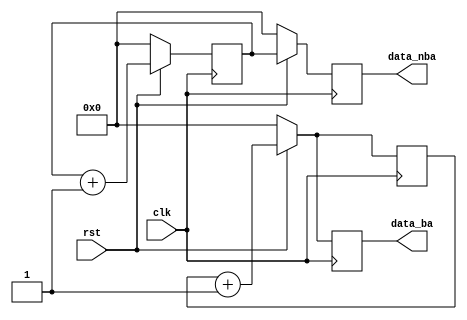

module assignments(
    input wire clk,
    input wire rst,
    output reg[7:0] data_nba, 
    output reg[7:0] data_ba);
	 
reg [7:0] nba_buffer;
reg [7:0] ba_buffer;
     
always @(posedge clk)
begin
    if(~rst)
    begin
        nba_buffer <= 0;
        data_nba <= 0;
    end
    else
    begin
        nba_buffer <= nba_buffer + 1;
        data_nba <= nba_buffer;
    end
end

always @(posedge clk)
begin
    if(~rst)
    begin
        data_ba = 0;
        ba_buffer = 0;
    end
    else
    begin
        ba_buffer = ba_buffer + 1;
        data_ba = ba_buffer;
    end
end
     
endmodule